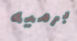
برميه